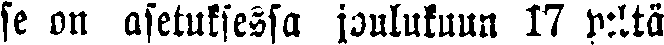
se on asetuksessa joulukuun 17 p:ltä